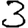
Digit: 3